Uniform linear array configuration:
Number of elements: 64
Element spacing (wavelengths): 1
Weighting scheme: exponential
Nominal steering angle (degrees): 0
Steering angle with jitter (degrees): -1.367
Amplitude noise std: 0.05
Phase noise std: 0.05

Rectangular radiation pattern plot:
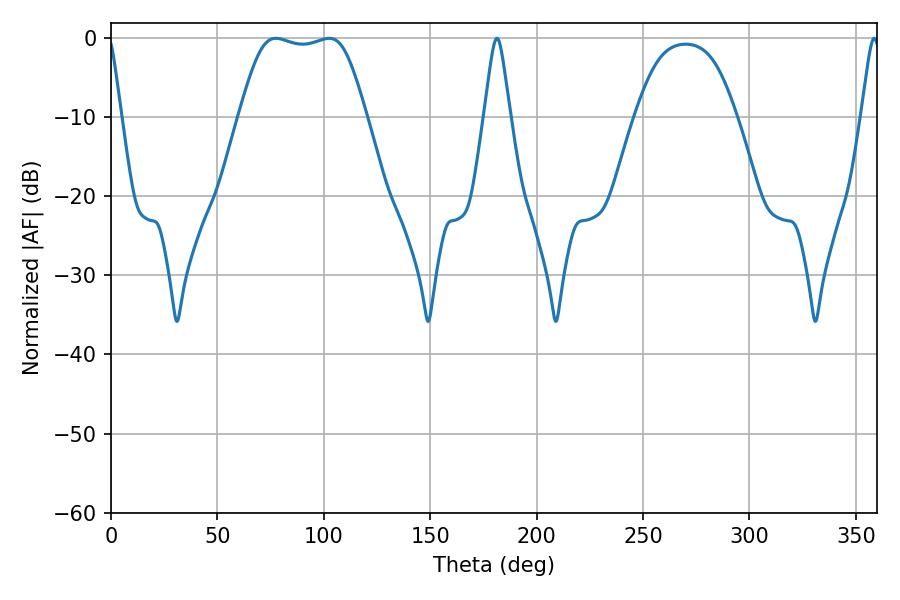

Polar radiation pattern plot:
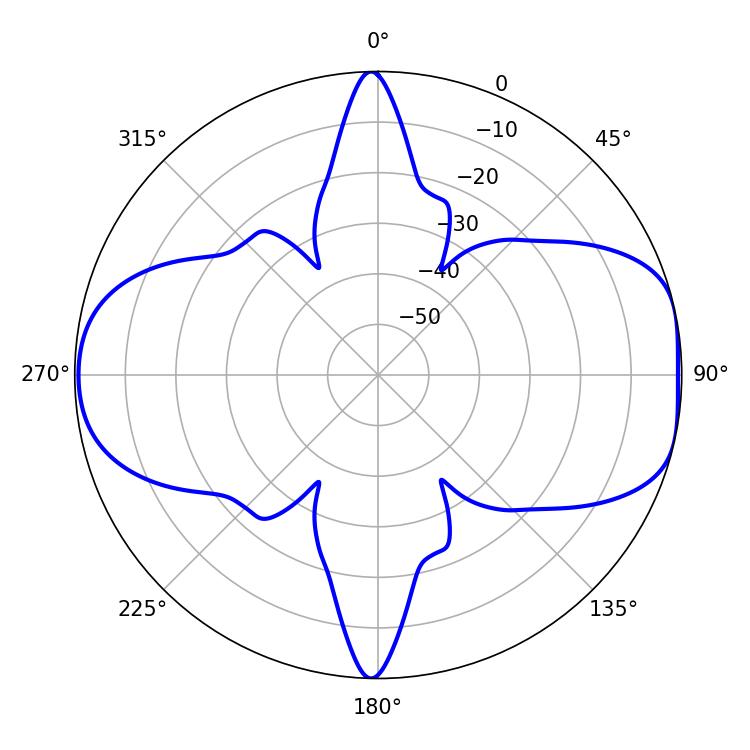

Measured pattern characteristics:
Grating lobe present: TRUE
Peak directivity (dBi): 8.453
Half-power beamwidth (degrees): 44.64
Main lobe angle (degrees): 77.4